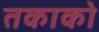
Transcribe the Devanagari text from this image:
तकाको